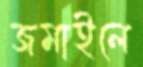
জমাইলে